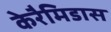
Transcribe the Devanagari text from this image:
केरैमिडास